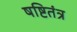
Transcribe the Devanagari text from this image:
षष्टितंत्र